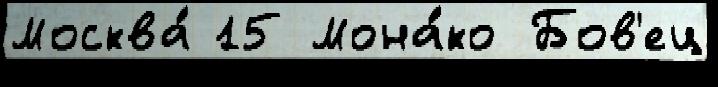
Москва́ 15 Мона́ко Бов'ец